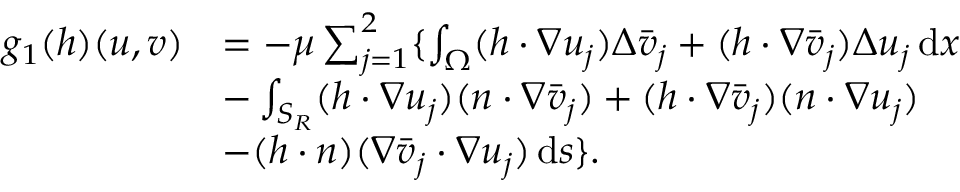
\begin{array} { r l } { g _ { 1 } ( h ) ( u , v ) } & { = - \mu \sum _ { j = 1 } ^ { 2 } \{ \int _ { \Omega } ( h \cdot \nabla u _ { j } ) \Delta \bar { v } _ { j } + ( h \cdot \nabla \bar { v } _ { j } ) \Delta { u } _ { j } \, \mathrm { d } x } \\ & { - \int _ { S _ { R } } ( h \cdot \nabla u _ { j } ) ( n \cdot \nabla \bar { v } _ { j } ) + ( h \cdot \nabla \bar { v } _ { j } ) ( n \cdot \nabla { u } _ { j } ) } \\ & { - ( h \cdot n ) ( \nabla \bar { v } _ { j } \cdot \nabla u _ { j } ) \, \mathrm { d } s \} . } \end{array}